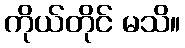
ကိုယ်တိုင် မသိ။